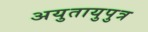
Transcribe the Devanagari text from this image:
अयुतायुपुत्र